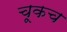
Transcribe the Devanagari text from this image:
चूकच